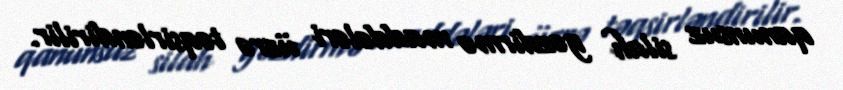
qanunsuz silah gəzdirmə maddələri üzrə təqsirləndirilir.